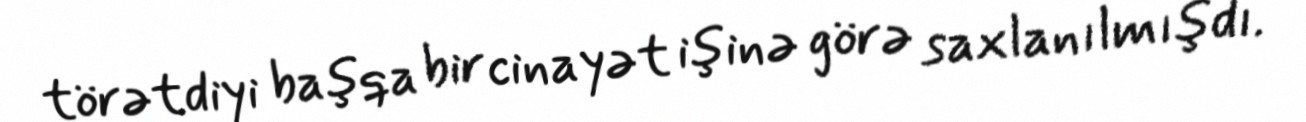
törətdiyi başqa bir cinayət işinə görə saxlanılmışdı.